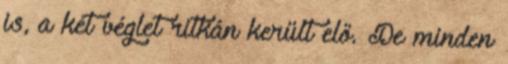
is, a két véglet ritkán került elő. De minden